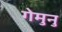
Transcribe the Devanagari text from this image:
गेमुनु